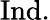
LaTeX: {\mathrm{Ind}}.